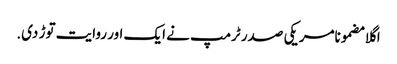
اگلا مضمونامریکی صدر ٹرمپ نے ایک اور روایت توڑ دی.